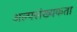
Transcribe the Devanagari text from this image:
अल्पसंख्यकता